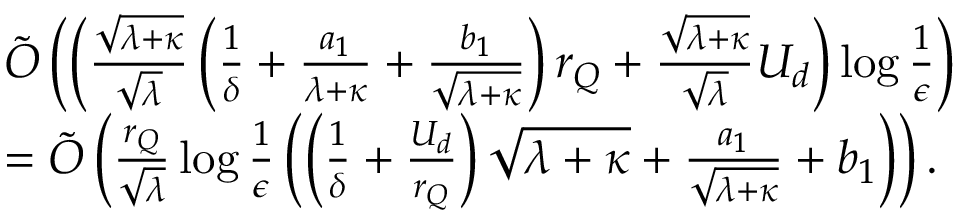
\begin{array} { r l } & { { \tilde { \cal O } } \left( \left( \frac { \sqrt { \lambda + \kappa } } { \sqrt { \lambda } } \left( \frac { 1 } { \delta } + \frac { a _ { 1 } } { \lambda + \kappa } + \frac { b _ { 1 } } { \sqrt { \lambda + \kappa } } \right) r _ { Q } + \frac { \sqrt { \lambda + \kappa } } { \sqrt { \lambda } } U _ { d } \right) \log \frac { 1 } { \epsilon } \right) } \\ & { = { \tilde { \cal O } } \left( \frac { r _ { Q } } { \sqrt { \lambda } } \log \frac { 1 } { \epsilon } \left( \left( \frac { 1 } { \delta } + \frac { U _ { d } } { r _ { Q } } \right) \sqrt { \lambda + \kappa } + \frac { a _ { 1 } } { \sqrt { \lambda + \kappa } } + b _ { 1 } \right) \right) . } \end{array}